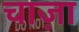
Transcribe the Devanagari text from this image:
चाज़ा